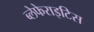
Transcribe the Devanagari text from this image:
ब्लेफेराइटिस